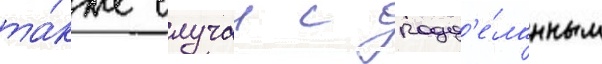
та́кже случаи с подд'е́ланным